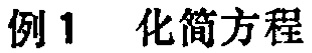
例1 化简方程